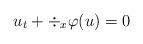
LaTeX: \begin{align*}u_t+\div_x\varphi(u)=0\end{align*}